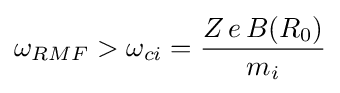
\omega _{RMF}>\omega _{ci}={\frac {Z\,e\,B(R_{0})}{m_{i}}}